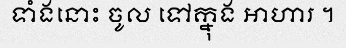
ទាំងនោះ ចូល ទៅក្នុង អាហារ ។